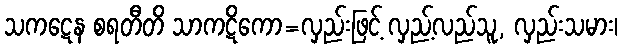
သကဋေန စရတီတိ သာကဋိကော=လှည်းဖြင့် လှည့်လည်သူ, လှည်းသမား၊